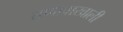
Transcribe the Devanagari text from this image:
तणावाखाली